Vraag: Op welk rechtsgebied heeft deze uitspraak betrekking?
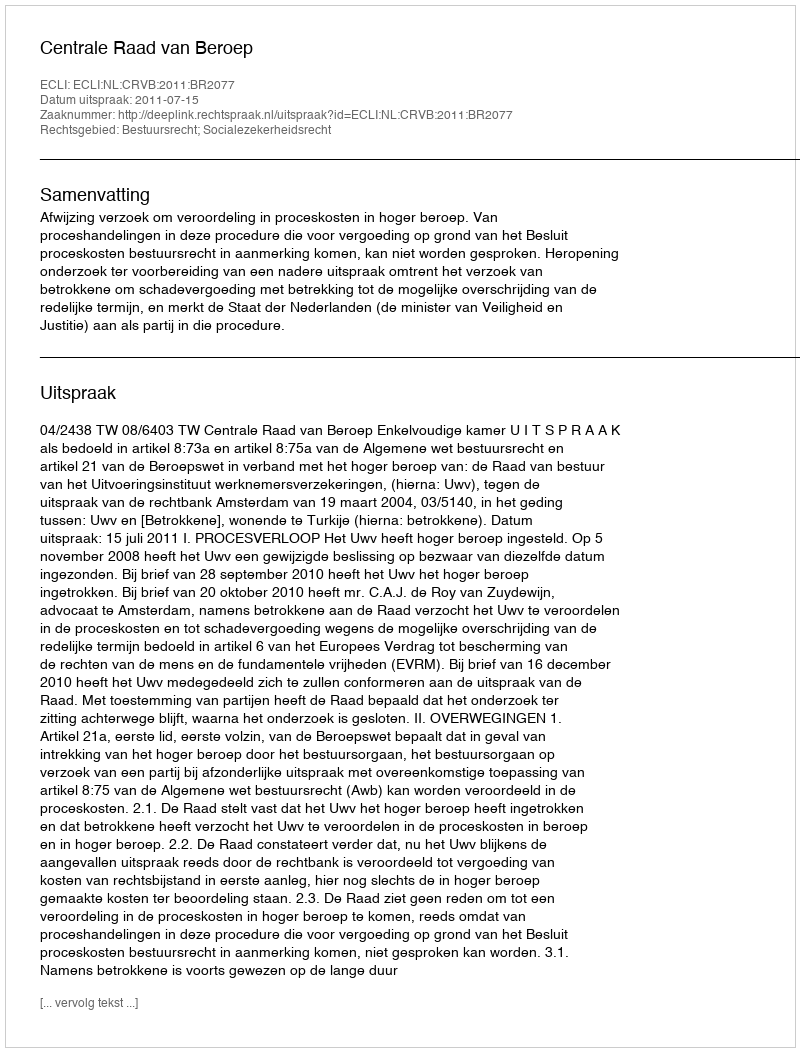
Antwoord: Bestuursrecht; Socialezekerheidsrecht